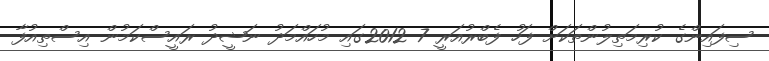
ސިފައިންގެ ކުރިމަތިލުންތަކަށް ފަހު ފެބްރުއަރީ 7 2012ގައި މުހައްމަދު ނަޝީދު ރައީސްކަމުން އިސްތިއުފާ